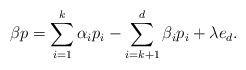
LaTeX: \begin{align*} \beta p = \sum_{i=1}^k \alpha_i p_i - \sum_{i=k+1}^d \beta_i p_i + \lambda e_d. \end{align*}